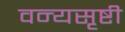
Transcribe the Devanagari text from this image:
वन्यसृष्टी